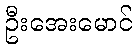
ဦးအေးမောင်